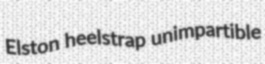
Elston heelstrap unimpartible